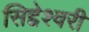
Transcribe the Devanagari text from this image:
सिद्देश्वरी